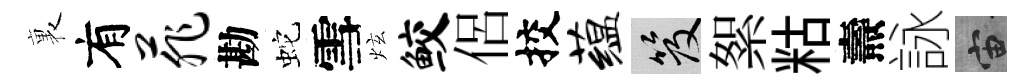
裏有菲勘蛇雪炫鲛侶挍蕴笈絮䊀燾詠宙